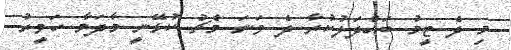
މި ދެ ޓީމު ބައްދަލުކުރާ ދެ ވަނަ މެޗު ކުޅޭނީ މާދަމާ ހަވީރު